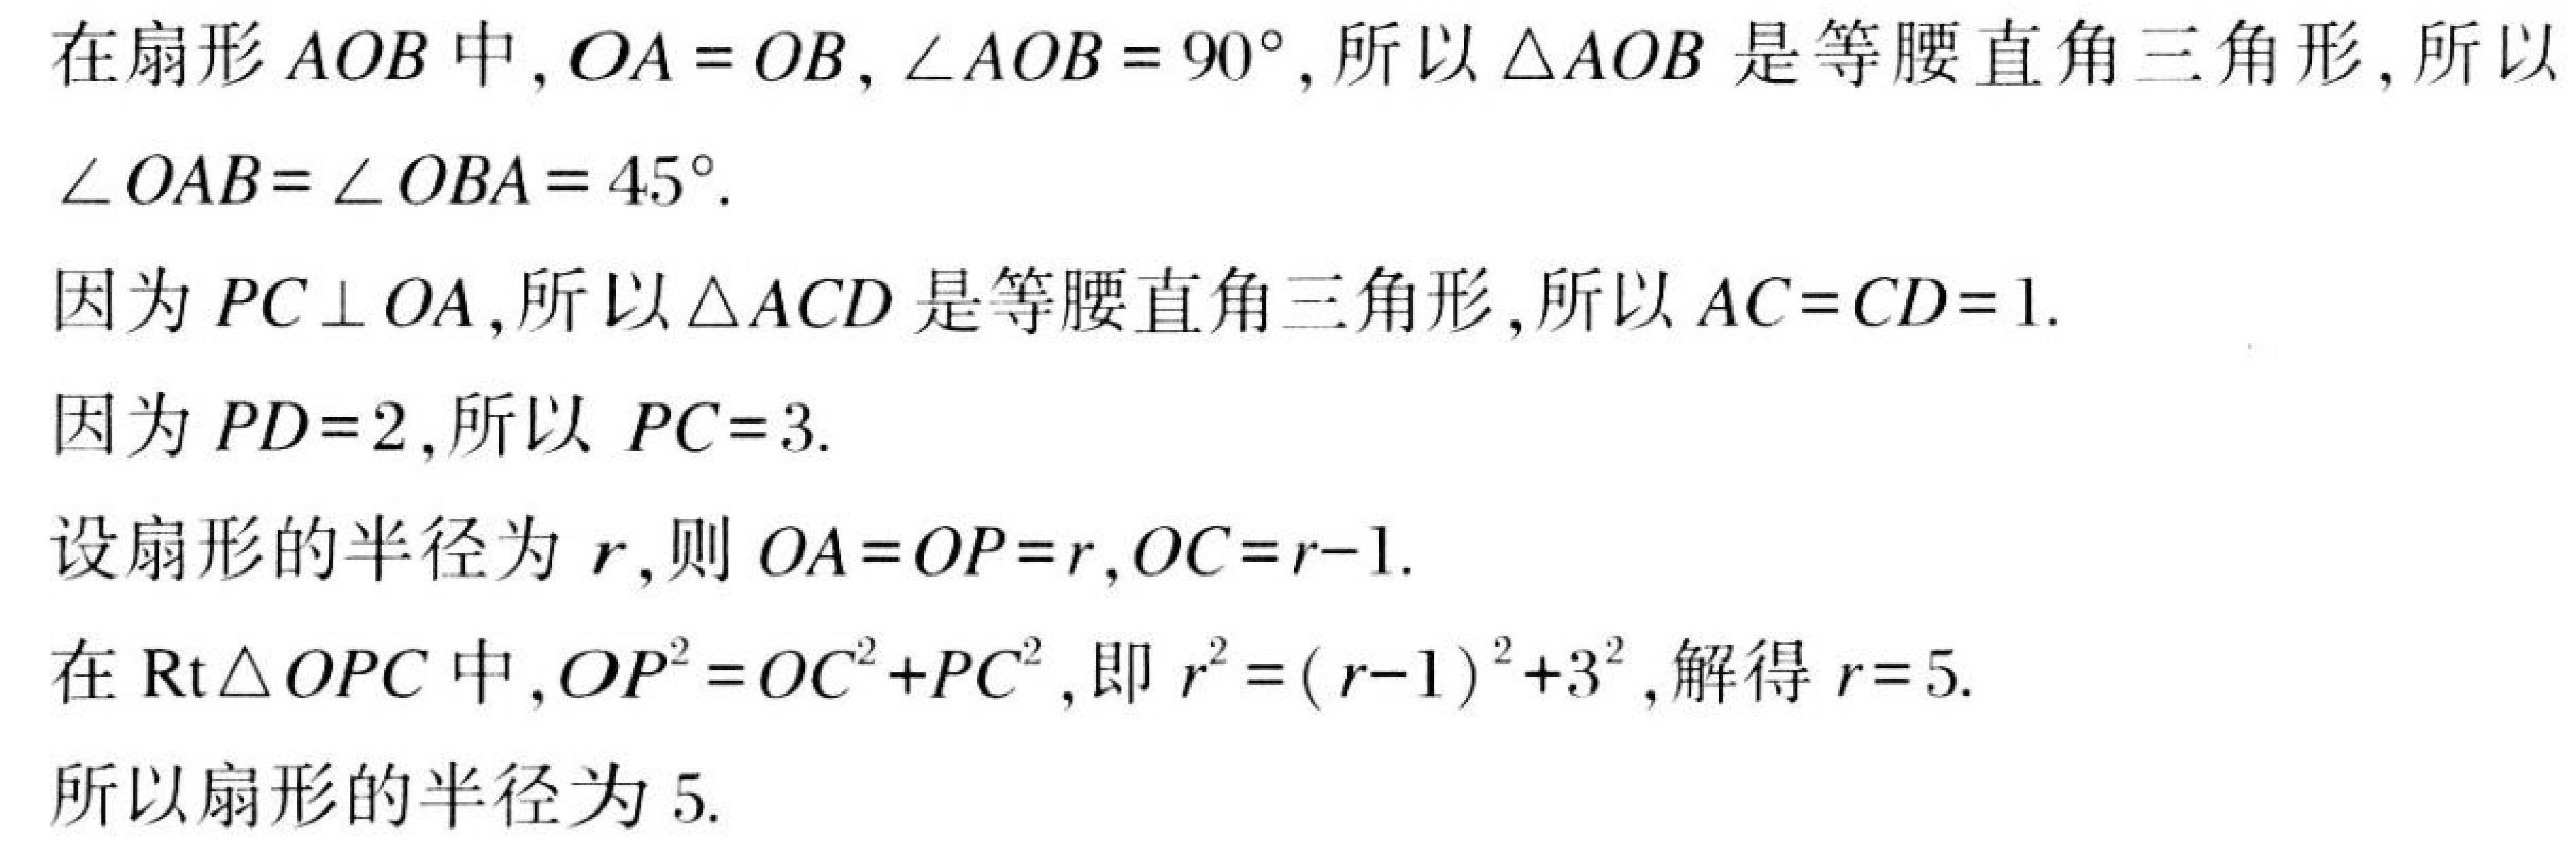
在扇形$AOB$中,$OA = OB$,$\angle AOB = 90^{\circ}$,所以$\triangle AOB$是等腰直角三角形,所以
$\angle OAB=\angle OBA = 45^{\circ}$.
因为$PC\perp OA$,所以$\triangle ACD$是等腰直角三角形,所以$AC = CD = 1$.
因为$PD = 2$,所以 $PC = 3$.
设扇形的半径为$r$,则$OA = OP = r$,$OC = r - 1$.
在$\text{Rt}\triangle OPC$中,$OP^{2}=OC^{2}+PC^{2}$,即$r^{2}=(r - 1)^{2}+3^{2}$,解得$r = 5$.
所以扇形的半径为$5$.